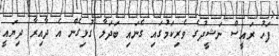
ފަހު ރައީސް ނަޝީދުގެ ވެރިކަމުގައި ގެނައި ބަދަލާ ގުޅިގެން އެ ދާއިރާ ދިޔައީ